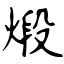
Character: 煅